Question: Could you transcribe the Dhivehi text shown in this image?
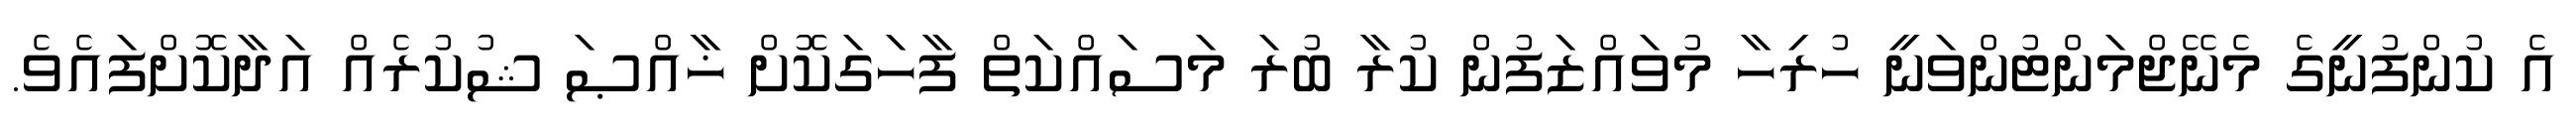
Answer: އެ ކުންފުނީގެ މެނޭޖްމަންޓުންވަނީ ހުރިހާ މުވައްޒަފުން ކުރާ ބުރަ މަސައްކަތް ފާހަގަކޮށް ޚާއްޞަ ޝުކުރެއް އަދާކޮށްފައެވެ.